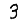
Digit: 3